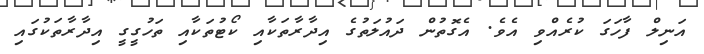
އަނިލް ފާހަގަ ކުރެއްވި އެވެ. އެގޮތުން ދައުލަތުގެ އިދާރާތަކާއި ކޯޓުތަކާއި ތަހުގީގީ އިދާރާތަކުގައި